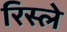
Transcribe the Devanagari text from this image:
रिस्ले